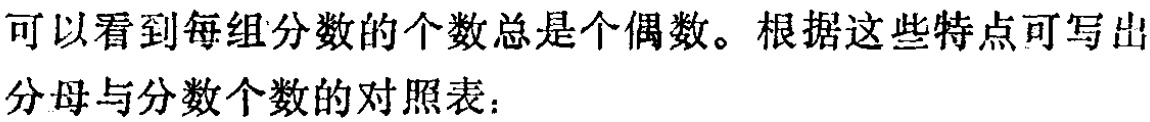
可以看到每组分数的个数总是个偶数。根据这些特点可写出

分母与分数个数的对照表：